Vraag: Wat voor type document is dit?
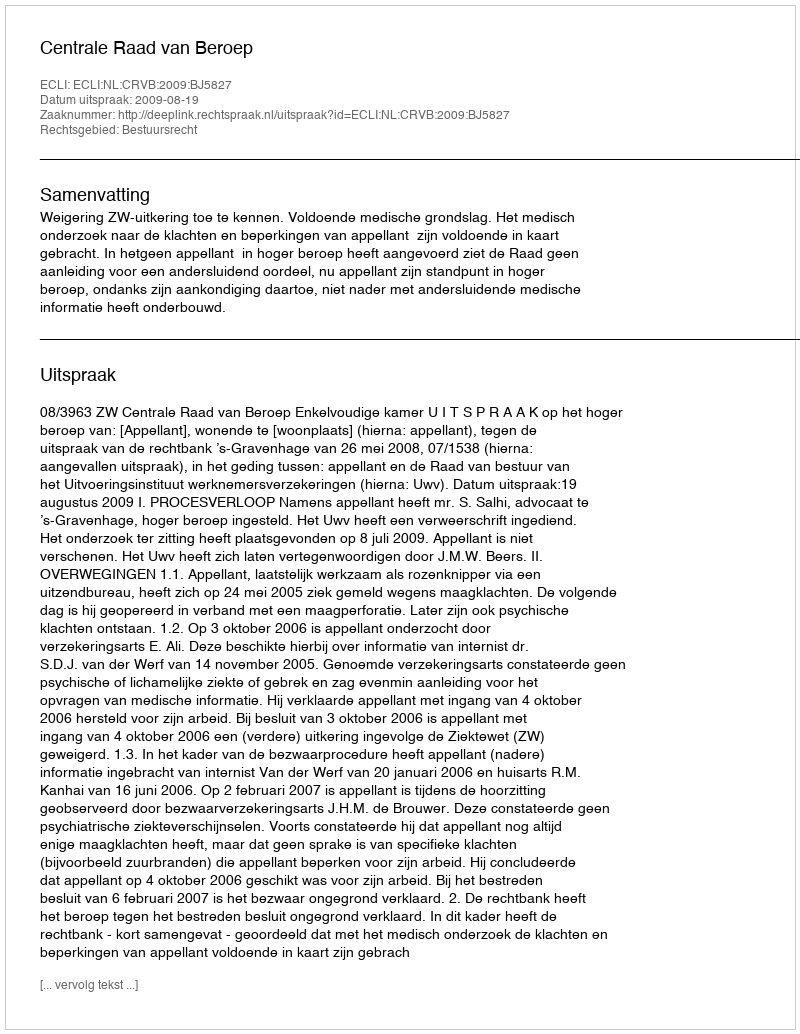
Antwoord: Uitspraak